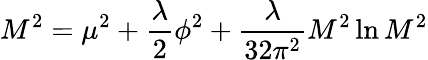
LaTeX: M^{2}=\mu^{2}+{\frac{\lambda}{2}}\phi^{2}+{\frac{\lambda}{32\pi^{2}}}M^{2}\ln{M^{2}}